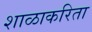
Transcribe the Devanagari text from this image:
शाळाकरिता